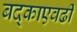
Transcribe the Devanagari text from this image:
बद्काएवढी